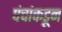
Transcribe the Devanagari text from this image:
पंचांकडून